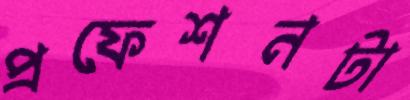
প্রফেশনটা